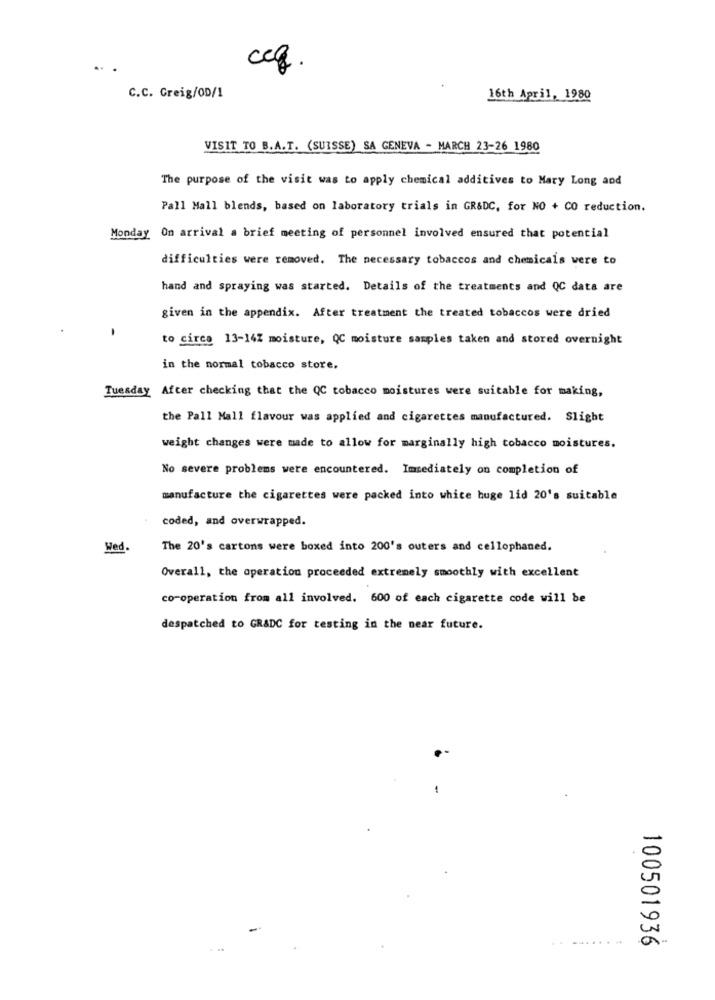
..
ceq.
C.C. Greig/OD/1
16th April, 1980
VISIT TO B.A.T. (SUISSE) SA GENEVA - MARCH 23-26 1980
The purpose of the visit was to apply chemical additives to Mary Long and
Pall Mall blends, based on laboratory trials in GR&DC, for NO + CO reduction.
Monday On arrival a brief meeting of personnel involved ensured that potential
difficulties were removed. The necessary tobaccos and chemicals were to
hand and spraying was started. Details of the treatments and QC data are
given in the appendix. After treatment the treated tobaccos were dried
to circa 13-142 moisture, QC moisture samples taken and stored overnight
in the normal tobacco store.
Tuesday After checking that the QC tobacco moistures were suitable for making,
the Pall Mall flavour was applied and cigarettes manufactured. Slight
weight changes were made to allow for marginally high tobacco moistures.
No severe problems were encountered. Immediately on completion of
manufacture the cigarettes were packed into white huge lid 20's suitable
coded, and overwrapped.
Wed.
The 20's cartons were boxed into 200's outers and cellophaned.
Overall, the operation proceeded extremely smoothly with excellent
co-operation from all involved. 600 of each cigarette code will be
despatched to GRADC for testing in the near future.
.. .......
. ..
100501936